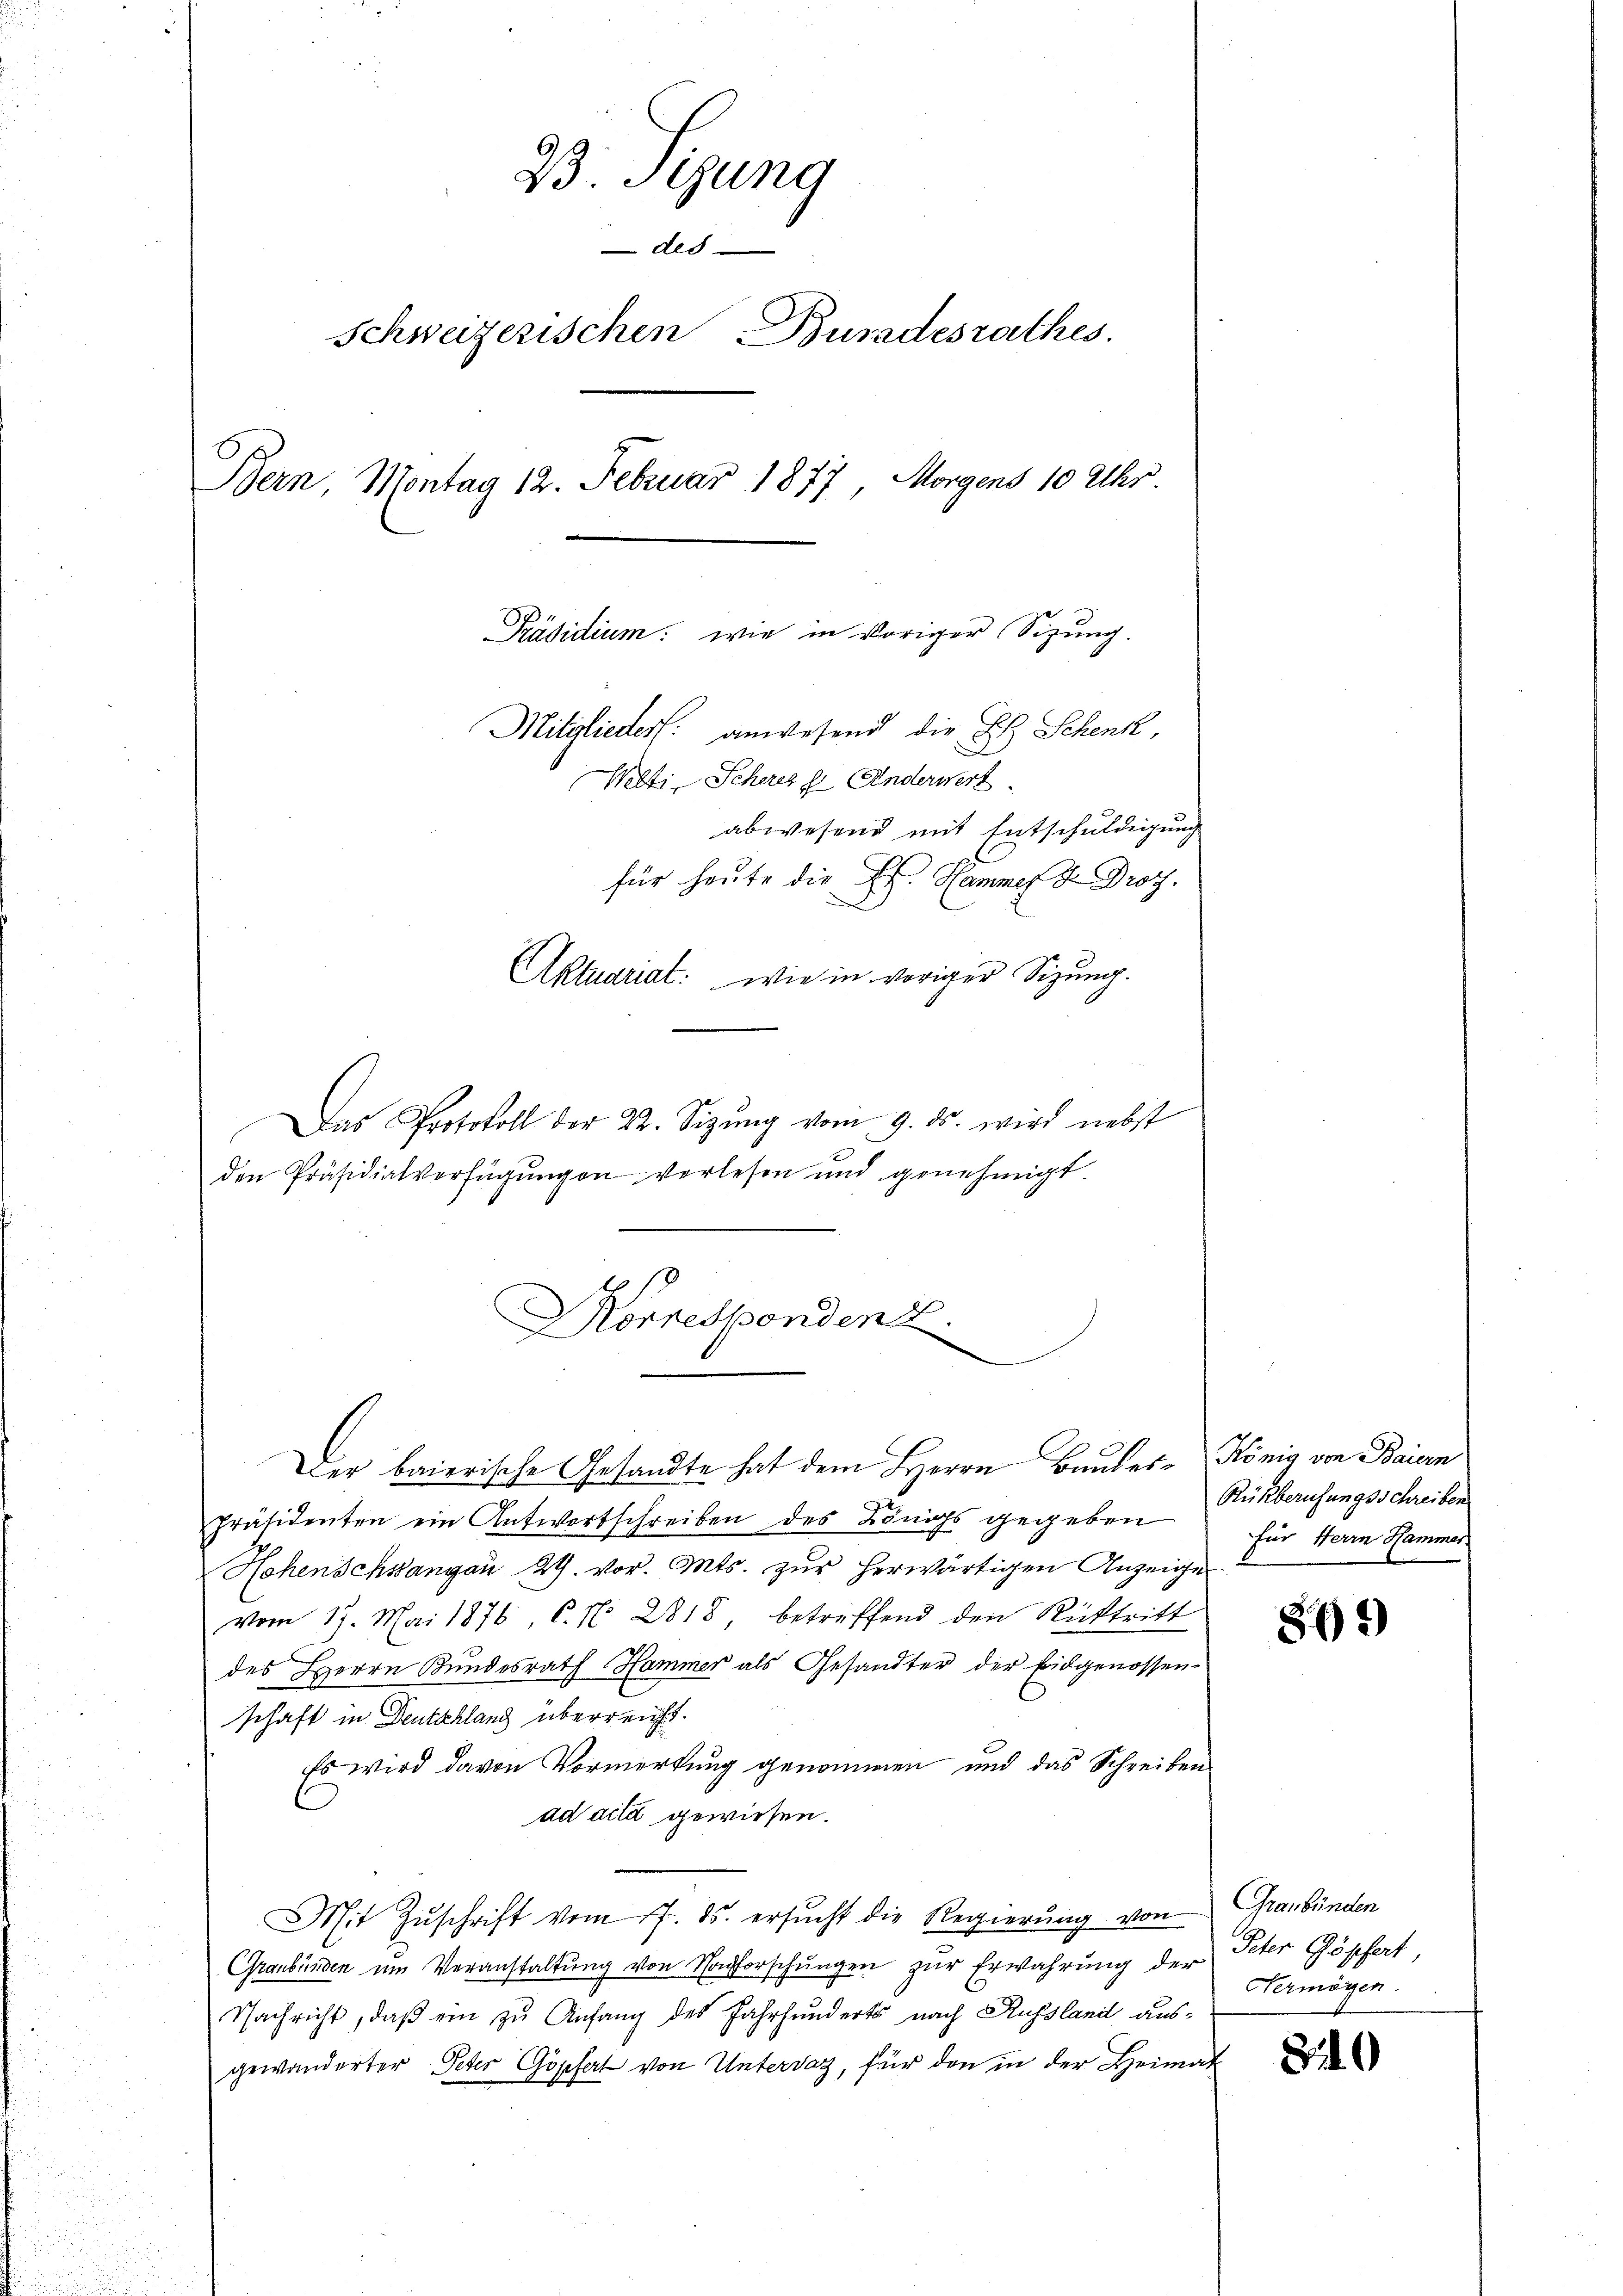
23. Sizung
des
Schweizerischen Buradesrathes.
Bern, Montag 12. Februar 1877 Morgens 10 Uhr
Präsidium: wie in voriger (Sizung.
Mitglieder: anwesend die L. Schenk,
Welti, Scheres z. Anderwert
abwesend mit Entschuldigung
für heute die E. Hammes H Prof.
Aktuariat: wie in voriger Sizung.

Das Protokoll der 22. Sizŭng vom 9. ds. wird nebst
den Präsidialverfügungen verlesen und genehmigt.
präsidenten ein Antwortschreiben des Königs gegeben
Hehenschsangau 24. vor. Mts. zur herwärtigen Anzeige
vom 17. Mai 1876, C. N. 2818, betreffend den Rücktritt
des Herrn Bundesrath Hammer als Gesandter der Eidgenossen
schaft in Deutschland überreicht.
Es wird davon Vormerkung genommen und das Schreiben
ad acta gewiesen.
Mit Zŭschrift vom 7. ds. ersŭcht die Regierung von Graubünden
e
Graubünden um Veranstaltung von Nachforschungen zur Erwahrung der Peter Göphet

Nachricht, daß ein zu Anfang des Jahrhunderts nach Russland ausgewanderter Peter Göpfert von Untervaz, für den in der Heimat
.
u

Korrespondenz.
Der baierische Gesandte hat dem Herrn Bautes König von Baiern

Rükberufungsschreiben
Für Herrn Hammer.

869)

Vermögen.

8.10